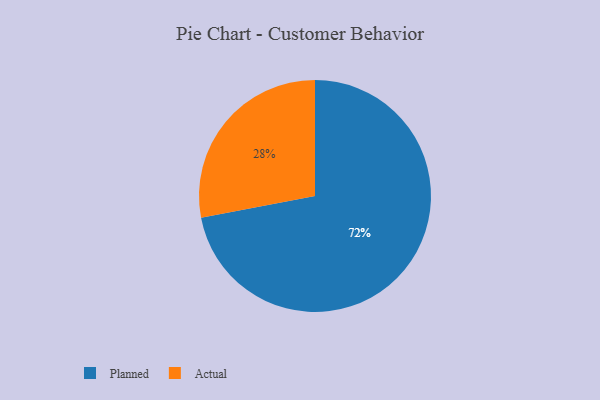
{"axis": {"x": "Category", "y": "Percentage"}, "legend": ["Actual", "Planned"], "data": [{"x": "Planned", "y": 72, "type": "Planned"}, {"x": "Actual", "y": 28, "type": "Actual"}]}